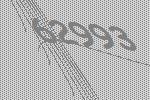
62993